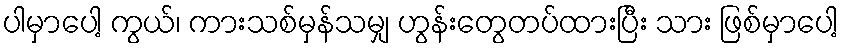
ပါမှာပေါ့ ကွယ်၊ ကားသစ်မှန်သမျှ ဟွန်းတွေတပ်ထားပြီး သား ဖြစ်မှာပေါ့